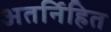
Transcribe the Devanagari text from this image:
अतर्निहित